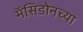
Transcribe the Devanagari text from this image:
मॅसिडोनच्या